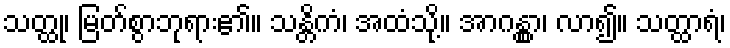
သတ္ထု၊ မြတ်စွာဘုရား၏။ သန္တိကံ၊ အထံသို့။ အာဂန္တွာ၊ လာ၍။ သတ္ထာရံ၊